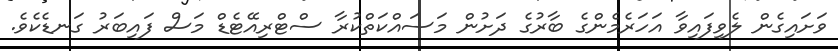
ވަށައިގެން ލެވިފައިވާ އަަހަރެމެންގެ ބާރުގެ ދަށުން މަސައްކަތްކުރާ ސްޓްރިއޭޓެޑް މަސް ފައިބަރު ގަނޑެކެވެ.